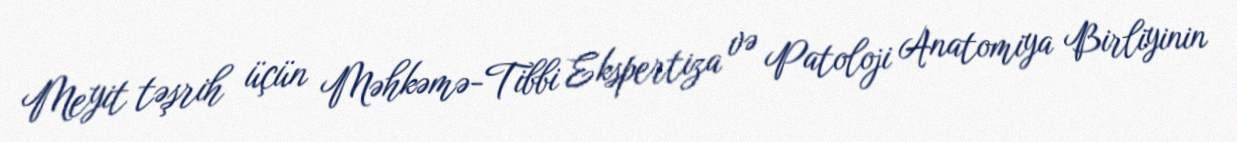
Meyit təşrih üçün Məhkəmə-Tibbi Ekspertiza və Patoloji Anatomiya Birliyinin